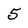
Character: 5